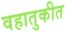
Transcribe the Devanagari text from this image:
वहातुकीत